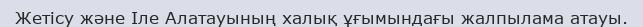
Жетісу және Iле Алатауының халық ұғымындағы жалпылама атауы.